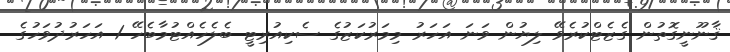
ޤާނޫނީގޮތުން ގެޒެޓްކުރެވޭ ލިޔުން ވަނަ އަހަރު މިމަރުކަޒުގެ ސެކިއުރިޓީ ބެލެހެއްޓުމާބެހޭ 1 އަހަރުދުވަހުގެ